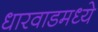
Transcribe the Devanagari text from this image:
धारवाडमध्ये